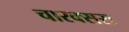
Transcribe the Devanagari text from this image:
चारक्सस